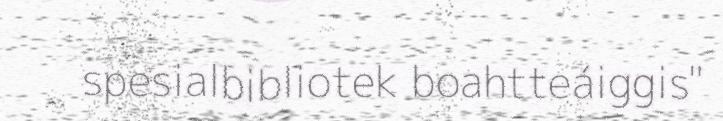
spesialbibliotek boahtteáiggis"